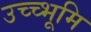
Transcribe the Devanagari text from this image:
उच्च्भूमि